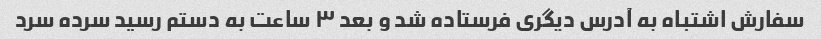
سفارش اشتباه به آدرس دیگری فرستاده شد و بعد ٣ ساعت به دستم رسید سرده سرد